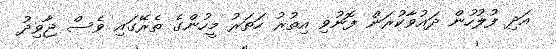
އަދި ފުލުހުން ދައުވާކުރަން ފޮނުވި އިތުރު ހަތަރު މީހުންގެ ތެރޭގައި ވެސް ޖާވިދު